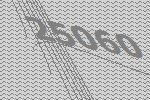
25060